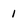
Character: 1